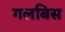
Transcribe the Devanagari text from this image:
गलबिस